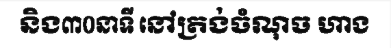
និង៣០នាទី នៅត្រង់ចំណុច ហាង